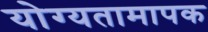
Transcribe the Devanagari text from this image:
योग्यतामापक